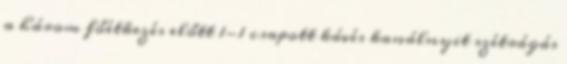
a három főétkezés előtt 1-1 csapott kávés kanálnyit szétrágás